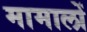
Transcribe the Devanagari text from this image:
मामालों